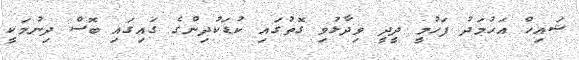
ޝައިޚް އަހުމަދު ފަހުމީ ދީދީ ވިދާޅުވި ގޮތުގައި ކުޑަކުދިންގެ ގައިގައި ބޮސް ދިނުމަކީ